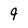
Character: 9